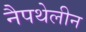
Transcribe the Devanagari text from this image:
नैपथेलीन